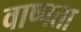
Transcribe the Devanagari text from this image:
वाष्पता